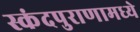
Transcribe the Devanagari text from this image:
स्कंदपुराणामध्ये